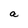
Character: a